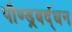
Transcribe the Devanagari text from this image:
पौण्ड्रबर्द्धन